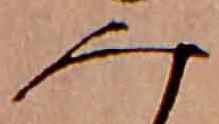
み